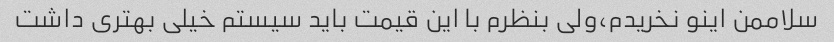
سلاممن اینو نخریدم،ولی بنظرم با این قیمت باید سیستم خیلی بهتری داشت